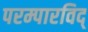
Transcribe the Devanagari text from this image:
परम्पारविद्